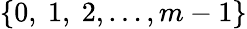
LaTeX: \{ 0,\ 1,\ 2,\ldots,m-1\}